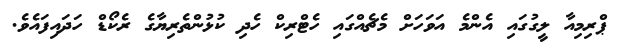
ޕްރިމިއާ ލީގުގައި އެންމެ އަވަހަށް މެޗެއްގައި ހެޓްރިކް ހެދި ކުޅުންތެރިޔާގެ ރެކޯޑް ހަދައިފައެވެ.